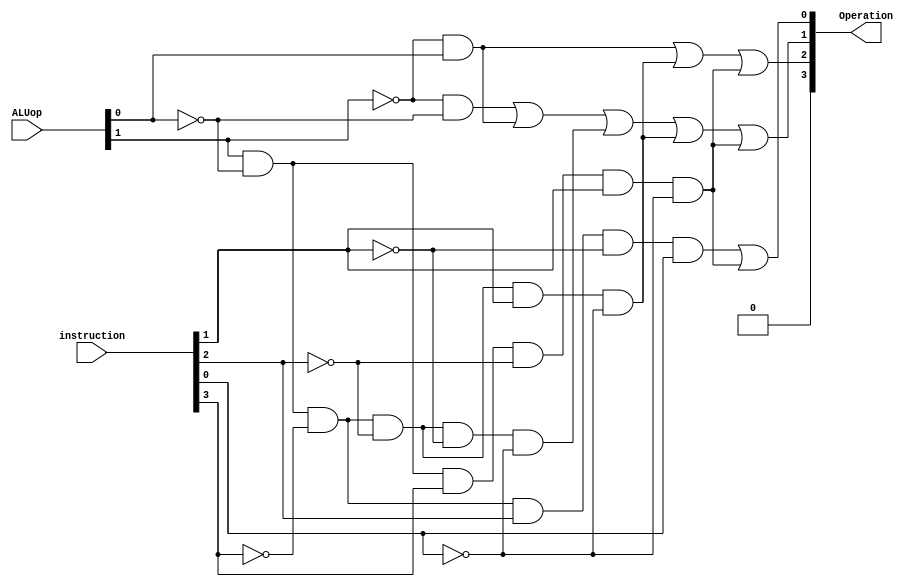
`timescale 1ns / 1ps
module ALUcontrol1(Operation,ALUop,instruction);
output wire [3:0]Operation;
input wire [1:0]ALUop;
input wire [31:0]instruction;
wire [5:0]funct;
assign funct[5:0]=instruction[5:0];
wire w1,w2,w3,w4,w5,w6,w7,w8;
//I use the disjucnctive normal form to define each control output
//I refer to the truth table in textbook page 318, figure 4.13 with my modification

//The disjuctive form of each operation
assign w1=((~ALUop[1])&(~ALUop[0]));
assign w2=((~ALUop[1])&(ALUop[0]));
assign w3=((ALUop[1])&(~ALUop[0])&(~funct[3])&(~funct[2])&(~funct[1])&(~funct[0]));
assign w4=((ALUop[1])&(~ALUop[0])&(~funct[3])&(~funct[2])&(funct[1])&(~funct[0]));
assign w5=((ALUop[1])&(~ALUop[0])&(~funct[3])&(funct[2])&(~funct[1])&(~funct[0]));
assign w6=((ALUop[1])&(~ALUop[0])&(~funct[3])&(funct[2])&(~funct[1])&(funct[0]));
assign w7=((ALUop[1])&(~ALUop[0])&(funct[3])&(~funct[2])&(funct[1])&(~funct[0]));
assign w8=((ALUop[1])&(ALUop[0]));//Used for andi
//Start defining the control output
assign Operation[3]=0;
assign Operation[2]=(w2|w4|w7);
assign Operation[1]=(w1|w2|w3|w4|w7);
assign Operation[0]=(w6|w7);
endmodule